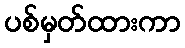
ပစ်မှတ်ထားကာ